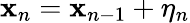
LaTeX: \mathbf{x}_{n}=\mathbf{x}_{n-1}+\eta_{n}